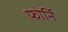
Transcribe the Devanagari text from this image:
फोर्नि